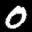
Label: 0